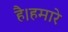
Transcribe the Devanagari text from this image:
है।हमारे